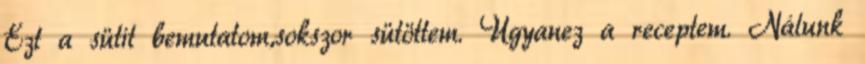
Ezt a sütit bemutatom,sokszor sütöttem. Ugyanez a receptem. Nálunk